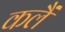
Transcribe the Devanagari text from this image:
कलैं